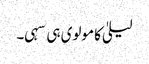
لیلیٰ کا مولوی ہی سہی۔